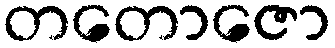
တတောဇော